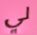
لي